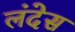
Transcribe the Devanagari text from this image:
लंदेस